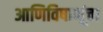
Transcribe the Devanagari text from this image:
आणिविषाणूंचा